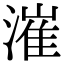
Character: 漼